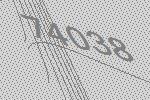
74038